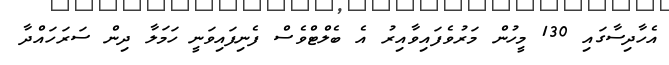
އެހާދިސާގައި 130 މީހުން މަރުވެފައިވާއިރު އެ ބެލްޓްވެސް ފެނިފައިވަނީ ހަމަލާ ދިން ސަރަހައްދާ